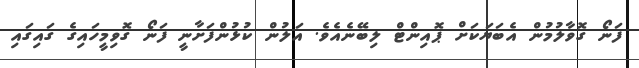
ފަނޯ ގޮވާލުމުން އެބަޔަކަށް ޕޮއިންޓް ލިބޭނެއެވެ. އަލުން ކުޅުންފަށާނީ ފަނޯ ގޮވިމީހައިގެ ގައިގައި